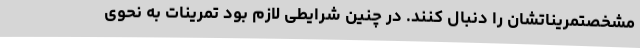
مشخصتمریناتشان را دنبال کنند. در چنین شرایطی لازم بود تمرینات به نحوی